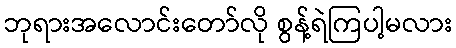
ဘုရားအလောင်းတော်လို စွန့်ရဲကြပါ့မလား